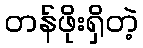
တန်ဖိုးရှိတဲ့